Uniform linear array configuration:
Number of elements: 12
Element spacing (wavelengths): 0.5
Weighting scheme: uniform
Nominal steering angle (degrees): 0
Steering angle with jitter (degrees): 0.1324
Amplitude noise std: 0.05
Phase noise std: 0.05

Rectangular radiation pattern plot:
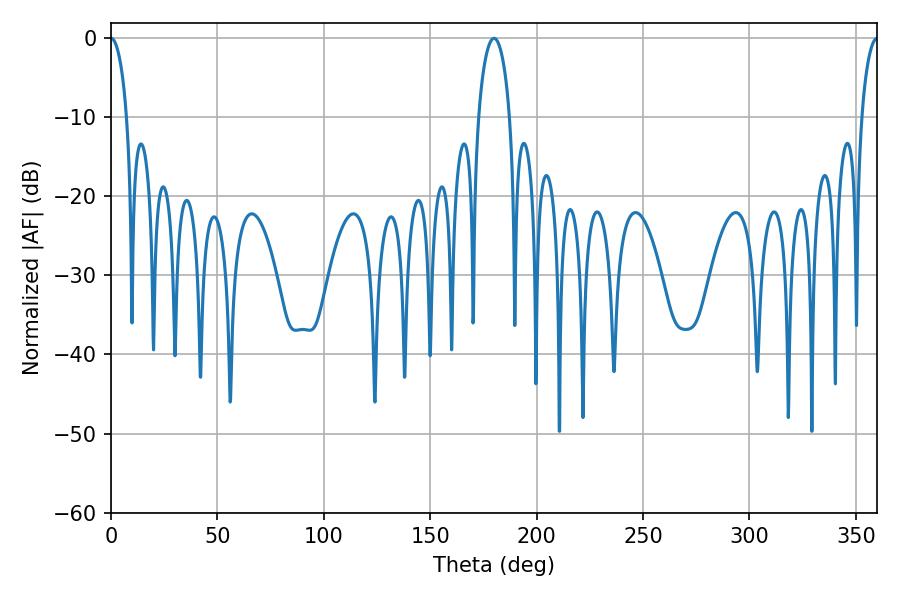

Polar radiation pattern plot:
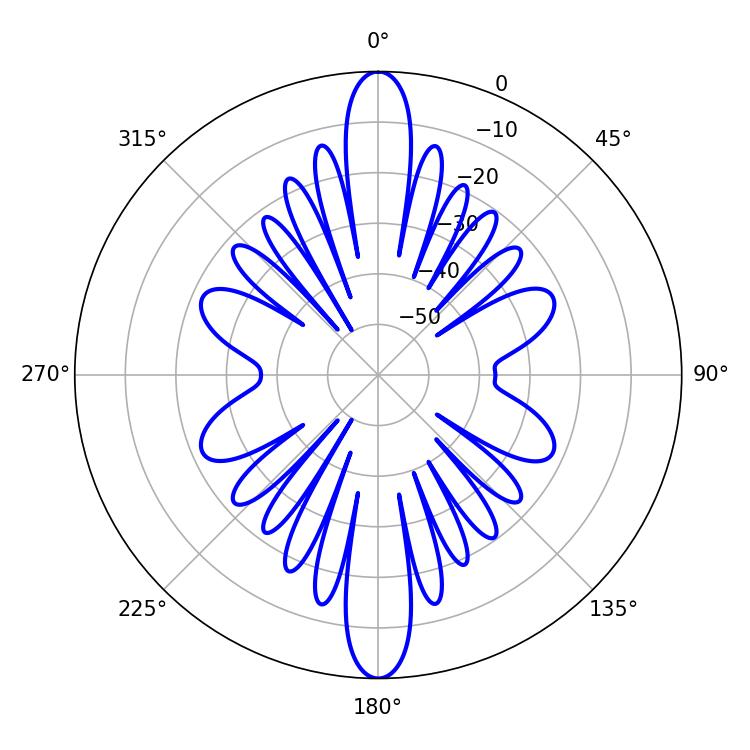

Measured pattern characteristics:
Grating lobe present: FALSE
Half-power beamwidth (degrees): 4.32
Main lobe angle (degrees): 0